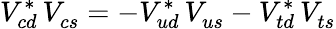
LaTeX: V_{cd}^{*}\, V_{cs}^{}=-V_{ud}^{*}\, V_{us}^{}-V_{td}^{*}\, V_{ts}^{}